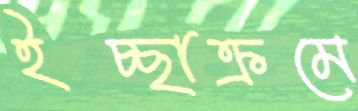
ইচ্ছাক্রমে